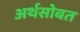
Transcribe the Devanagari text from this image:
अर्थसोबत